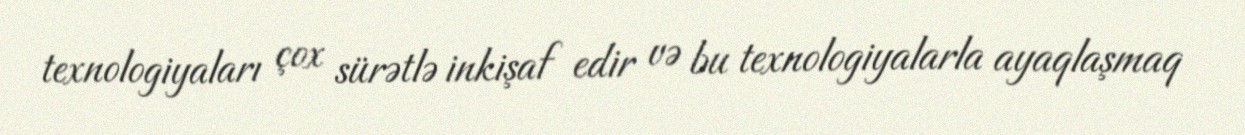
texnologiyaları çox sürətlə inkişaf edir və bu texnologiyalarla ayaqlaşmaq